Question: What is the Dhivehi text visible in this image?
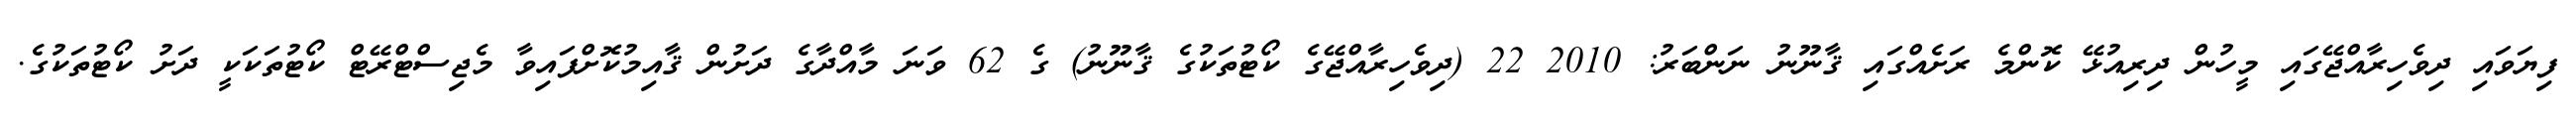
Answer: ފިޔަވައި ދިވެހިރާއްޖޭގައި މީހުން ދިރިއުޅޭ ކޮންމެ ރަށެއްގައި ޤާނޫނު ނަންބަރު: 2010 22 (ދިވެހިރާއްޖޭގެ ކޯޓުތަކުގެ ޤާނޫނު) ގެ 62 ވަނަ މާއްދާގެ ދަށުން ޤާއިމުކޮށްފައިވާ މެޖިސްޓްރޭޓް ކޯޓުތަކަކީ ދަށު ކޯޓުތަކުގެ.